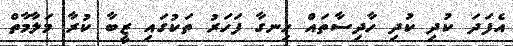
އެފަދަ ކުދި ކުދި ހާދިސާތައް ހިނގާ ފަހަރު ތަކުގައި ޒީބާ ކުރާ މަލާމާތް